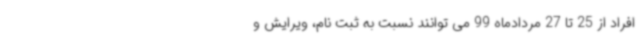
افراد از 25 تا 27 مردادماه 99 می توانند نسبت به ثبت نام، ویرایش و